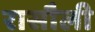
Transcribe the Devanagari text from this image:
रासौली